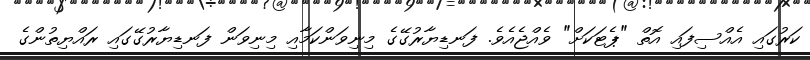
ކަރުގައި އެއްސިފައި އޮތް "ޕެޓަކަށް" ވެއްޖެއެވެ. ފަނޑިޔާރުގޭގެ މިނިވަންކަމާއި މިނިވަން ފަނޑިޔާރުގޭގައި ރައްޔިތުންގެ